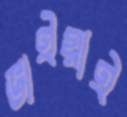
ভাইয়াই